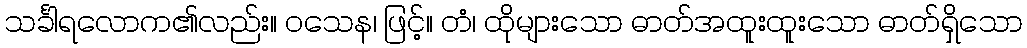
သင်္ခါရလောက၏လည်း။ ဝသေန၊ ဖြင့်။ တံ၊ ထိုများသော ဓာတ်အထူးထူးသော ဓာတ်ရှိသော